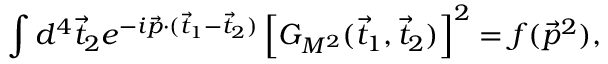
\int d ^ { 4 } \vec { t } _ { 2 } e ^ { - i \vec { p } \cdot ( \vec { t } _ { 1 } - \vec { t } _ { 2 } ) } \left[ G _ { M ^ { 2 } } ( \vec { t } _ { 1 } , \vec { t } _ { 2 } ) \right] ^ { 2 } = f ( \vec { p } ^ { 2 } ) ,